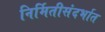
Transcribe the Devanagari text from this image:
निर्मितीसंदर्भात